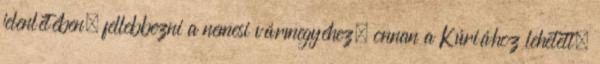
jelenlétében, fellebbezni a nemesi vármegyéhez, onnan a Kúriához lehetett.